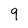
Character: 9